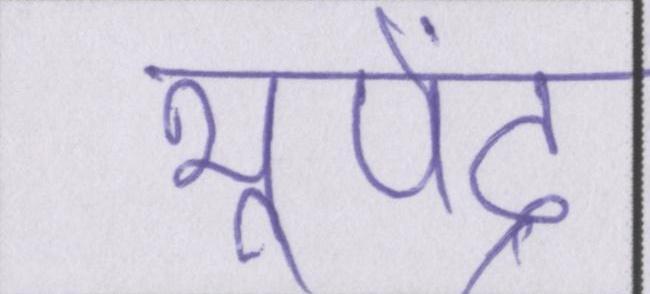
भूपेंद्र